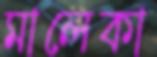
মালেকা